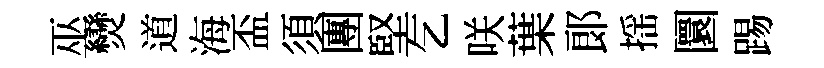
巫𤓖道海盃須團堅乞咲葉郞揺圜踢